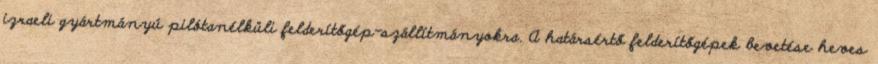
izraeli gyártmányú pilótanélküli felderítőgép-szállítmányokra. A határsértő felderítőgépek bevetése heves